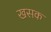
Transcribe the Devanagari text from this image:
खसक